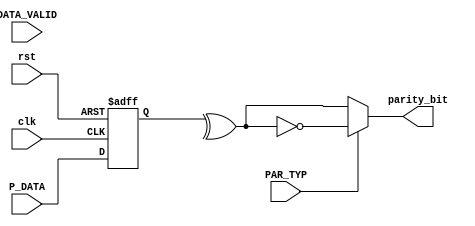
module parity_calc #(
    parameter WIDTH=8
) (
    input [WIDTH-1:0] P_DATA,
//    input             PAR_EN,
    input             DATA_VALID,
    input             PAR_TYP,

    input             clk,
    input             rst,

    output            parity_bit
);

wire even_parity, odd_parity;
wire data_xored;

reg [WIDTH-1:0] P_DATA_reg;

assign data_xored= ^P_DATA_reg;
assign even_parity=data_xored;
assign odd_parity=~data_xored;


assign parity_bit= (PAR_TYP)?odd_parity:even_parity;
always @(posedge clk or negedge rst) 
begin
    if(rst)
    begin
    P_DATA_reg<=P_DATA;
    end

    else
    begin
        P_DATA_reg<=0;
    end    
end
    
endmodule